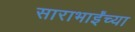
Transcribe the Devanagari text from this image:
साराभाईंच्या